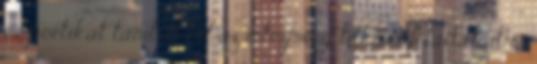
és poétikát tanított től az intézmény titkári feladatait is